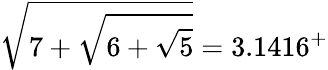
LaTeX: {\sqrt{7+{\sqrt{6+{\sqrt{5}}}}}}=3.1416^{+}